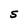
Character: S